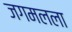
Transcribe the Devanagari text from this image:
जगमलला